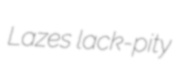
Lazes lack-pity